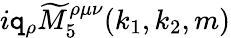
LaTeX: i\mathtt{q}_{\rho}\widetilde{{M}}_{5}^{\rho\mu\nu}(k_{1},k_{2},m)